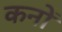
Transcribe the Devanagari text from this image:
कनों